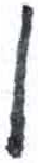
אות: ן